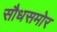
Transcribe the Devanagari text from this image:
सौधसमोर